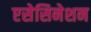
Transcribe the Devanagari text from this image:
एसेसिनेशन